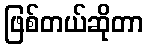
ဖြစ်တယ်ဆိုတာ